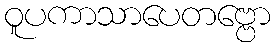
ဝူပကာသာပေတဗ္ဗော